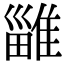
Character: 𨿴